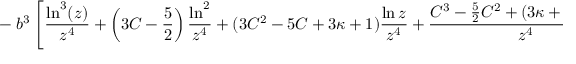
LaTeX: - \left. b ^ { 3 } \left[ \frac { \ln ^ { 3 } ( z ) } { z ^ { 4 } } + \left( 3 C - \frac { 5 } { 2 } \right) \frac { \ln ^ { 2 } } { z ^ { 4 } } + ( 3 C ^ { 2 } - 5 C + 3 \kappa + 1 ) \frac { \ln z } { z ^ { 4 } } + \frac { C ^ { 3 } - \frac { 5 } { 2 } C ^ { 2 } + ( 3 \kappa + 1 ) C + \bar { \kappa } } { z ^ { 4 } } \right] \right\} .